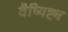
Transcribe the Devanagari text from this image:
वैष्यिष्ट्य